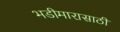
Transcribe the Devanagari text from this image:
भडीमारासाठी